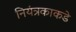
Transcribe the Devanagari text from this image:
नियंत्रकाकडे